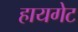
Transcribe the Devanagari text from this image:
हायगेट